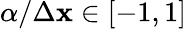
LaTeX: \alpha/\Delta\mathbf{x}\in[-1,1]